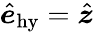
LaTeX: \hat{\boldsymbol{e}}_{\mathrm{hy}}=\hat{\boldsymbol{z}}